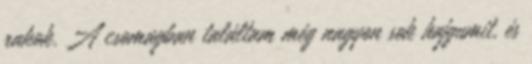
rakok. A csomagban találtam még nagyon sok hajgumit, és